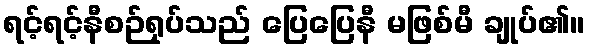
ရင့်ရင့်နီစဉ်ရုပ်သည် ပြေပြေနီ မဖြစ်မီ ချုပ်၏။